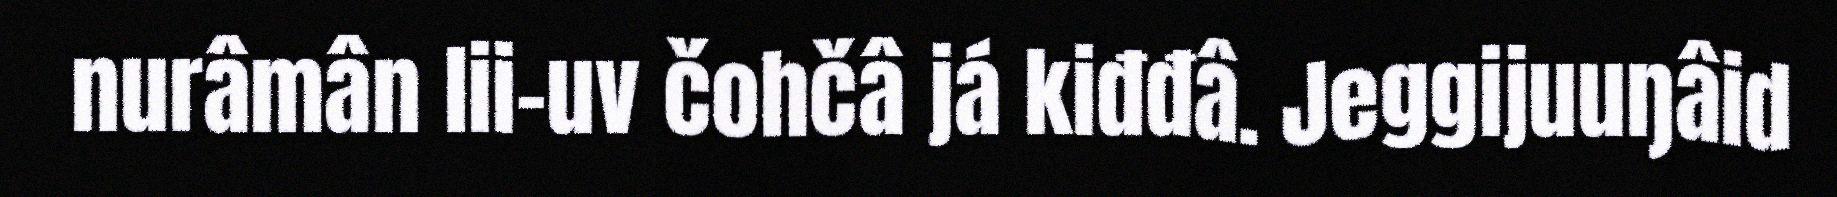
nurâmân lii-uv čohčâ já kiđđâ. Jeggijuuŋâid